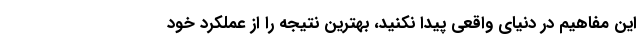
این مفاهیم در دنیای واقعی پیدا نکنید، بهترین نتیجه را از عملکرد خود